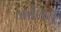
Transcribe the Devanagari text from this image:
गाविये